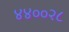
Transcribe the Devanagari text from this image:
४४००२८